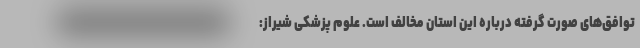
توافق‌های صورت گرفته درباره این استان مخالف است. علوم پزشکی شیراز: